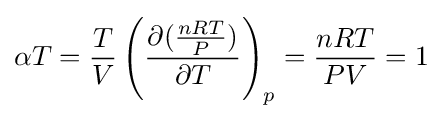
\alpha T={\frac {T}{V}}\left({\frac {\partial ({\frac {nRT}{P}})}{\partial T}}\right)_{p}={\frac {nRT}{PV}}=1